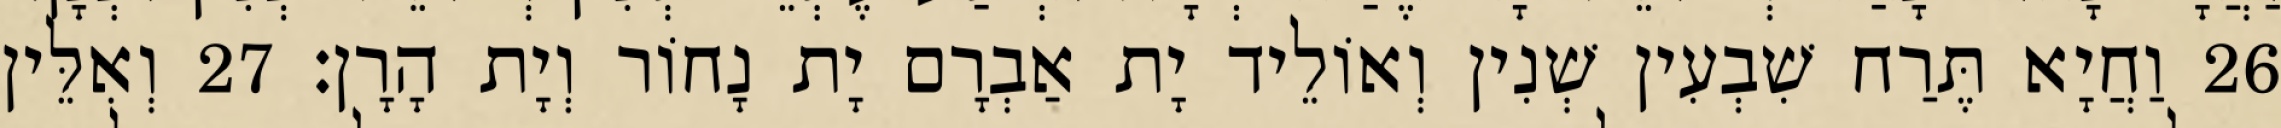
26 וַחֲיָא תֶּרַח שִׁבְעִין שְׁנִין וְאוֹלֵיד יָת אַבְרָם יָת נָחוֹר וְיָת הָרָן׃ 27 וְאִלֵּין